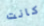
كانت